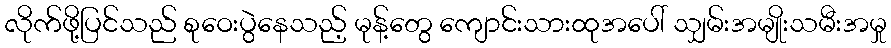
လိုက်ဖို့ပြင်သည် စုဝေးပွဲနေသည့် မုန့်တွေ ကျောင်းသားထုအပေါ် သျှမ်းအမျိုးသမီးအမှု